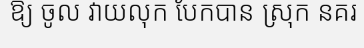
ឱ្យ ចូល វាយលុក បែកបាន ស្រុក នគរ